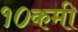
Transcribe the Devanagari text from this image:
१०कमी